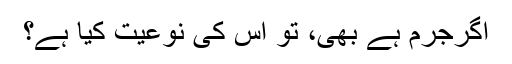
اگرجرم ہے بھی، تو اس کی نوعیت کیا ہے؟